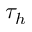
\tau _ { h }